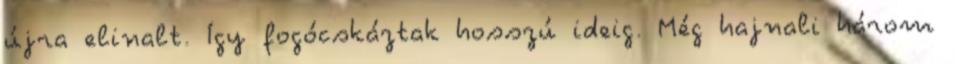
újra elinalt. Így fogócskáztak hosszú ideig. Még hajnali három